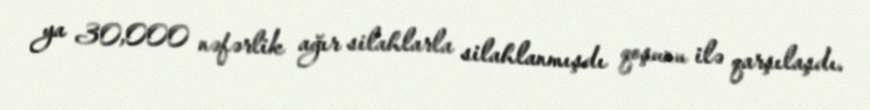
ya 30,000 nəfərlik ağır silahlarla silahlanmışdı qoşunu ilə qarşılaşdı.